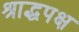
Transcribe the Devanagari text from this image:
श्राद्धपक्ष